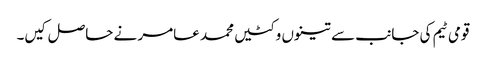
قومی ٹیم کی جانب سے تینوں وکٹیں محمد عامر نے حاصل کیں۔